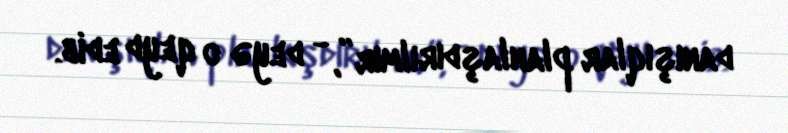
danışıqlar planlaşdırılmır”, - deyə o qeyd edib.